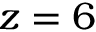
z = 6